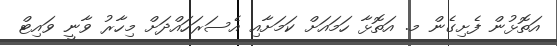
އަތޮޅުން ފެށިގެން މ. އަތޮޅާ ހަމައަށް ކަމަށާއި އެސަރަހައްދަށް މިހާރު ވާނީ ވައިޓް